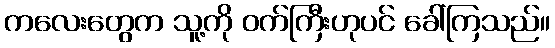
ကလေးတွေက သူ့ကို ဝက်ကြီးဟုပင် ခေါ်ကြသည်။